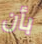
بأن